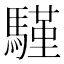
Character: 𩥕